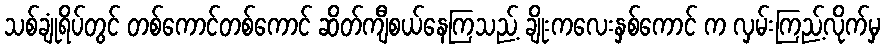
သစ်ချုံရိပ်တွင် တစ်ကောင်တစ်ကောင် ဆိတ်ကျီစယ်နေကြသည့် ချိုးကလေးနှစ်ကောင် က လှမ်းကြည့်လိုက်မှ